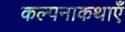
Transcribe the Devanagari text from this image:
कल्पनाकथाएँ